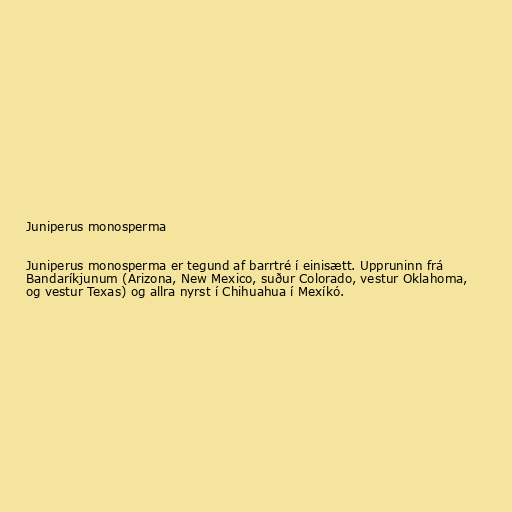
Juniperus monosperma

Juniperus monosperma er tegund af barrtré í einisætt. Uppruninn frá
Bandaríkjunum (Arizona, New Mexico, suður Colorado, vestur Oklahoma,
og vestur Texas) og allra nyrst í Chihuahua í Mexíkó.